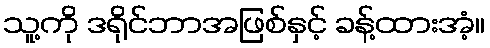
သူ့ကို ဒရိုင်ဘာအဖြစ်နှင့် ခန့်ထားအံ့။